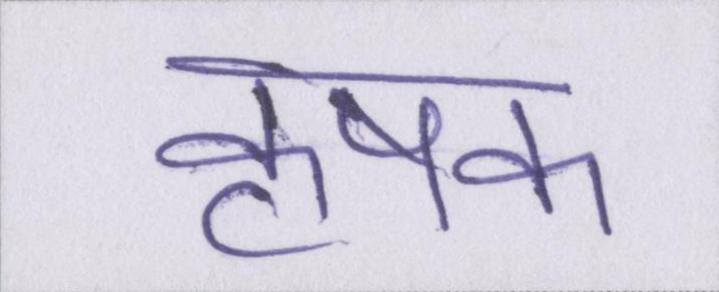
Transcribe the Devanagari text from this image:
कृषक